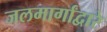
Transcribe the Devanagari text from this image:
जलमार्गांद्वारे